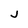
Character: j